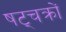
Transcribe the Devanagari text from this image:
षट्चक्रों